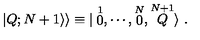
\vert Q ; N + 1 \rangle \rangle \equiv \vert \stackrel { 1 } { 0 } , \cdots , \stackrel { N } { 0 } , \stackrel { N + 1 } { Q } \rangle \ .